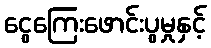
ငွေကြေးဖောင်းပွမှုနှင့်